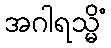
အဂါရသ္မိံ